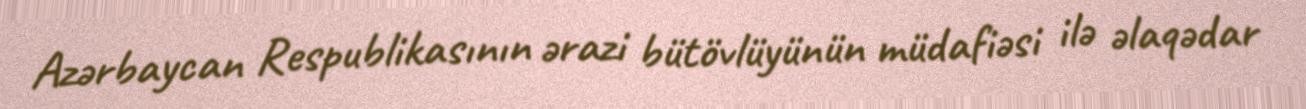
Azərbaycan Respublikasının ərazi bütövlüyünün müdafiəsi ilə əlaqədar